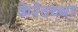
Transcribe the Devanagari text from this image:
केरेटच्या